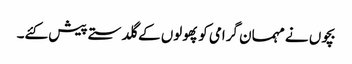
بچوں نے مہمان گرامی کو پھولوں کے گلدستے پیش کئے۔